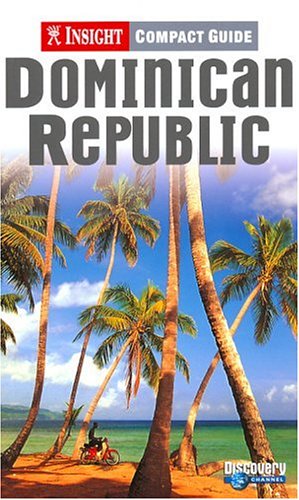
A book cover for Insight Compact Guide Dominican Republic (Insight Compact Guides Dominican Republic); Latzel Reiter; Travel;